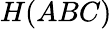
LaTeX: H(ABC)